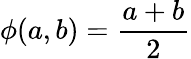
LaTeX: \phi(a,b)=\frac{a+b}{2}